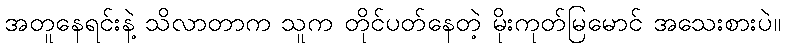
အတူနေရင်းနဲ့ သိလာတာက သူက တိုင်ပတ်နေတဲ့ မိုးကုတ်မြမောင် အသေးစားပဲ။